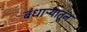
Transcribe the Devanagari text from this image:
बंधाऱ्यातून